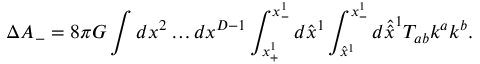
\Delta A _ { - } = 8 \pi G \int d x ^ { 2 } \ldots d x ^ { D - 1 } \int _ { x _ { + } ^ { 1 } } ^ { x _ { - } ^ { 1 } } d \hat { x } ^ { 1 } \int _ { \hat { x } ^ { 1 } } ^ { x _ { - } ^ { 1 } } d \hat { \hat { x } } ^ { 1 } T _ { a b } k ^ { a } k ^ { b } .